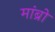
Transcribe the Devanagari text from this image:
मांब्रो